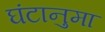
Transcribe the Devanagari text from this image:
घंटानुमा